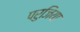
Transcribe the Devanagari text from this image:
परुजिया